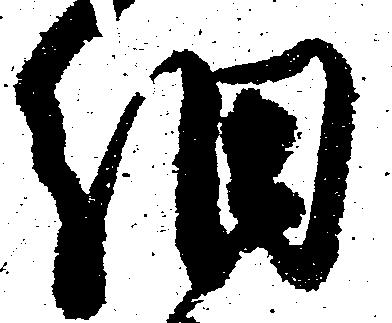
細